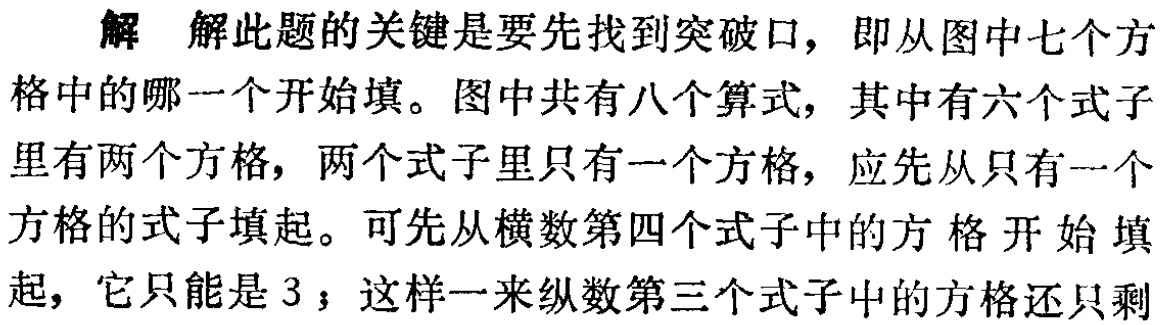
解 解此题的关键是要先找到突破口，即从图中七个方格中的哪一个开始填。图中共有八个算式，其中有六个式子里有两个方格，两个式子里只有一个方格，应先从只有一个方格的式子填起。可先从横数第四个式子中的方格开始填起，它只能是 3；这样一来纵数第三个式子中的方格还只剩